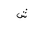
Letter: _shin